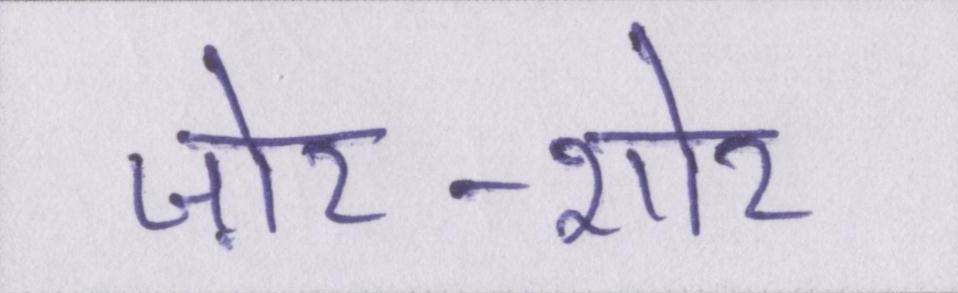
ज़ोर-शोर